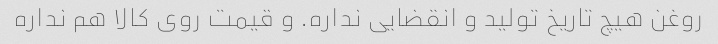
روغن هیچ تاریخ تولید و انقضایی نداره. و قیمت روی کالا هم نداره